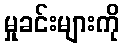
မှုခင်းများကို